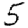
Digit: 5